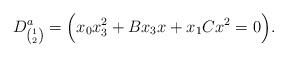
LaTeX: \begin{align*} \ \ \ D_{\binom{1}{2}}^a= \Bigl(x_0x_3^2+Bx_3x+x_1Cx^2=0\Bigr).\end{align*}